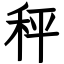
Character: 秤